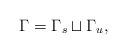
LaTeX: \begin{align*} \Gamma = \Gamma_s \sqcup \Gamma_u,\end{align*}